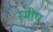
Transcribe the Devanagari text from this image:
स्मीप